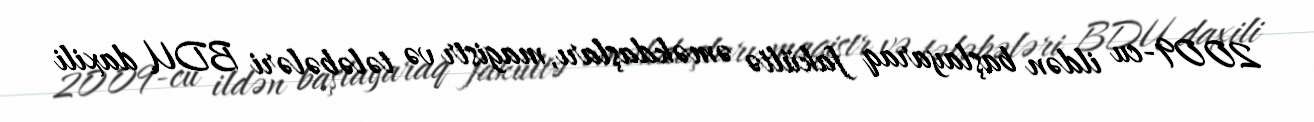
2009-cu ildən başlayaraq fakültə əməkdaşları, magistr və tələbələri BDU daxili